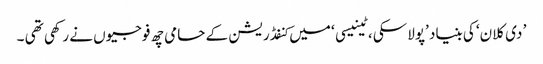
’ دی کلان‘ کی بنیاد ’پولاسکی ، ٹینیسی ‘ میں کنفڈریشن کے حامی چھ فوجیوں نے رکھی تھی ۔